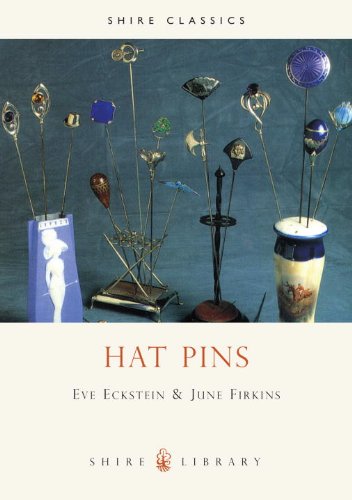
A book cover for Hat Pins (Shire Library); E. Eckstein; Crafts, Hobbies & Home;